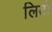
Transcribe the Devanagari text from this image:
लिटो